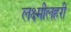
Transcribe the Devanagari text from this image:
लक्ष्मीलहरी